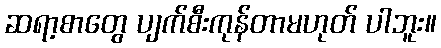
ဆရာ့စာတွေ ပျက်စီးကုန်တာမဟုတ် ပါဘူး။